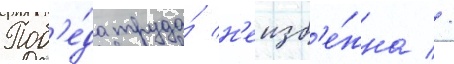
Поб'е́да труда́ н'еизб'е́жна //